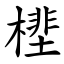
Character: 㯇